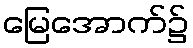
မြေအောက်၌